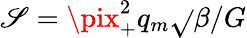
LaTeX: \mathscr{S}=\pix_{+}^{2}q_{m}\sqrt{}{{\beta}}/G